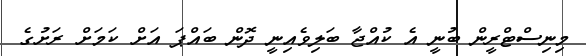
މިނިސްޓްރީން ބުނީ އެ ކުއްޖާ ބަލިވެއިނީ ދޮން ބައްޕަ އަށް ކަމަށް ރަށުގެ